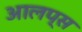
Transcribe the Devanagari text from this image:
आलप्स